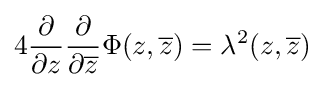
4{\frac {\partial }{\partial z}}{\frac {\partial }{\partial {\overline {z}}}}\Phi (z,{\overline {z}})=\lambda ^{2}(z,{\overline {z}})